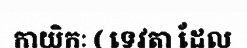
កាយិកៈ ( ទេវតា ដែល